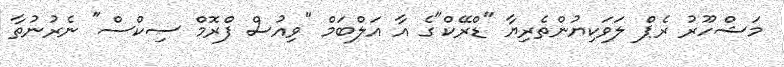
މަޝްހޫރު ރެޕް ލަވަކިޔުންތެރިޔާ "ޑްރޭކް"ގެ އާ އަލްބަމް "ވިއުސް ފްރޮމް ސިކްސް" ނެރުނުތާ